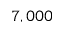
7 , 0 0 0